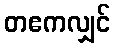
တဧကလျှင်